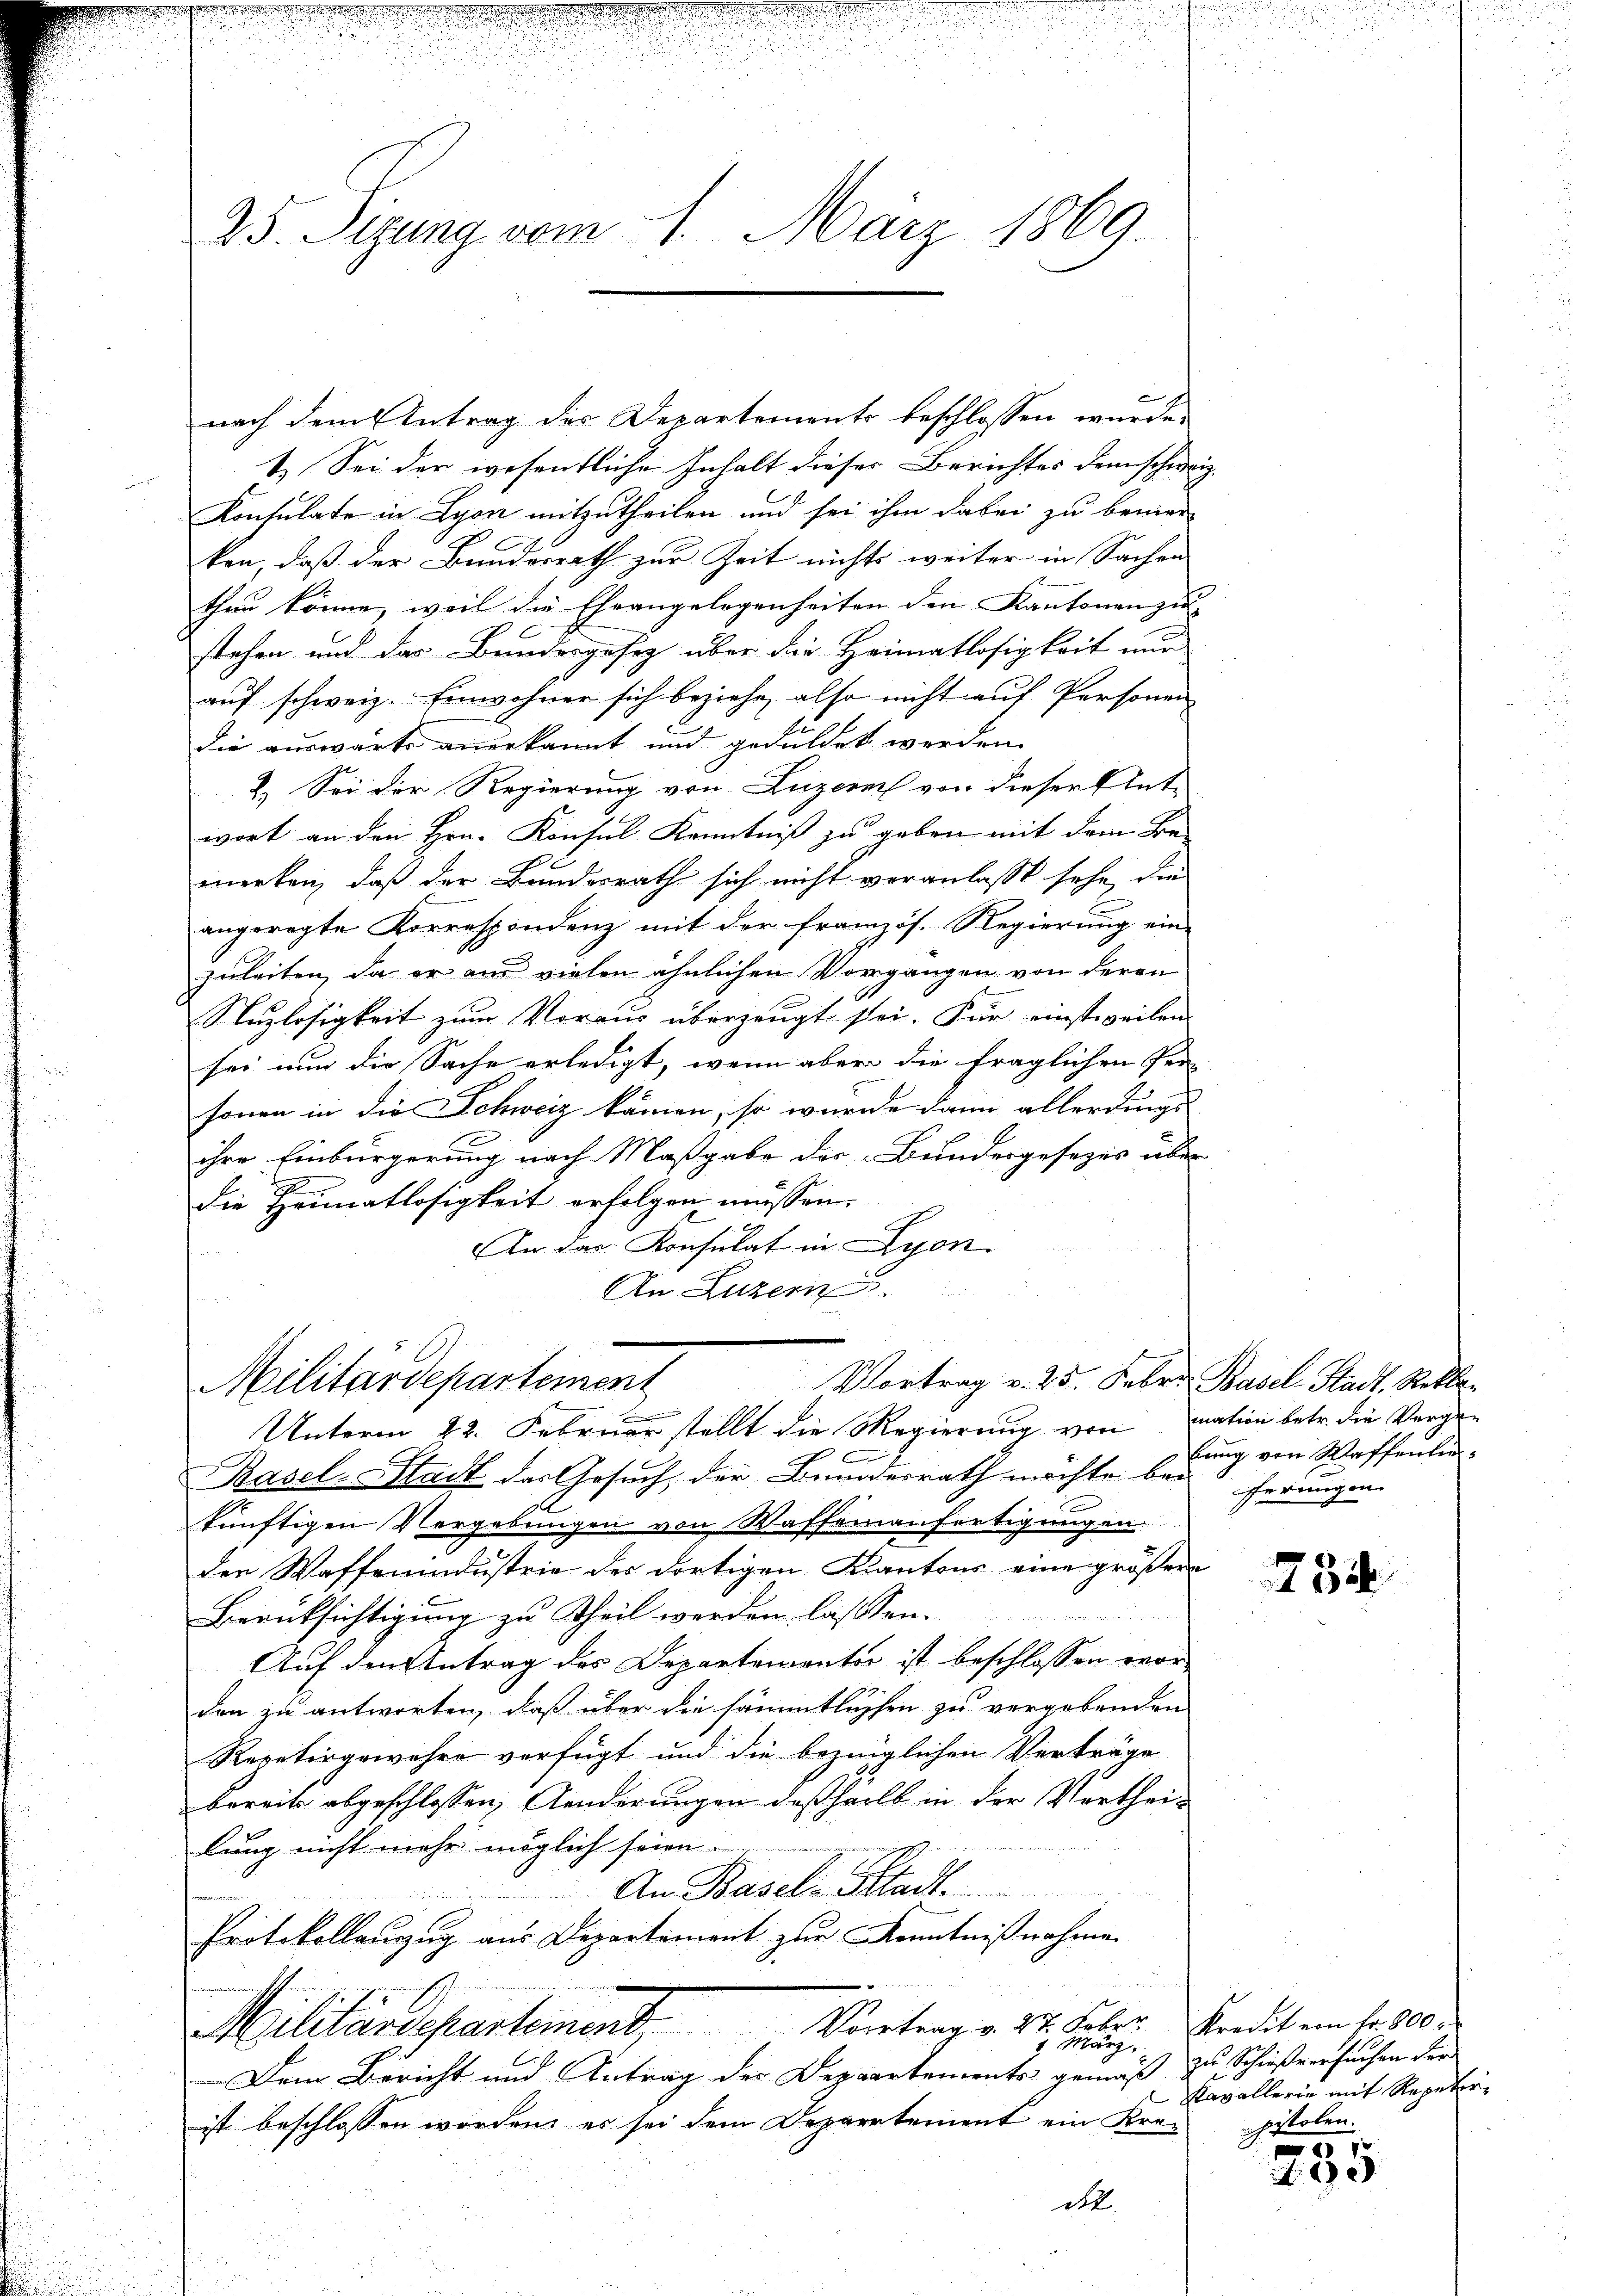
.

25. Sizung vom 4. März 1869.

nach dem Antrag des Departements beschlossen wurde.
1. Sei der wesentliche Inhalt dieses Berichtes dem schwe-
Konsulate in Lyon mitzutheilen und sei ihm dabei zu bemer-
ken, daß der Bundesrath zur Zeit nichts weiter in Sachen
thun könne, weil die Eheangelegenheiten den Kantonen zu- |
stehen und das Bundesgesetz über die Heimatlosigkeit nur
auf schweiz. Einwohner sich beziehe, also nicht auf Personen
die auswärts anerkannt und geduldet werden.
2.) Sei der Regierung von Luzern von dieser Ent-
wort an den Hrn. Konsul Kenntniß zu geben mit dem Be-
merken, daß der Bundesrath sich nicht veranlasst sehe, die
angeregte Korrespondenz mit der französ. Regierung ein-
zuleiten, da er am vielen ähnlichen Vorgangen von deren
Suzlosigkeit zum Voraus überzeugt sei. Für einstweilen
sei nun die Sache erledigt, wenn aber die fraglichen Per-
sonen in die Schweiz kämen, so wurde dann allerdings-
ihre Einbürgerung nach Maßgabe der Bundergesezes über
die Heimatlosigkeit erfolgen müssen.
An das Konsulat in Lyon
An Luzern
Vortrag v. 25. Febr. Basel Stadt. Rekla
Militärdepartement
Unterm 22. Februar stellt die Regierung von mation betr. die Verge¬
Pasel-Stadt das Gesuch, der Bundesrath möchte bei herungen
künftigen Vergebungen von Waffeinaufertigungen
den Waffenindustrie des dortigen Kantons eine größer
Berüksichtigung zu Theil werden lassen.
Auf den Antrag des Departementer ist beschlossen worden zu antworten, daß über die sämmtlichen zu vergebenden
Repetirgewahre verfügt und die bezüglichen Verträge
bereits abgeschlossen, Aenderungen deßhalb in der Vertheilung nicht mehr möglich seien.
An Basel-Stadt.
Protokollauszug aus Departement zur Kenntnißnahmen
Militärdepartement, Vertrag v. 22. Febr. Kredit am 1. 20.
1 März,
Dem Bericht und Antrag des Departements gemäß
ist beschlossen worden, es sei dem Departement ein Kre-
de

bring von Waffenten

734

zu Schießversuchen der
Kavallerie mit Repetirpistolen.

1
e